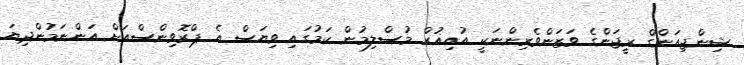
ޝިންޖިއަންގް ރީޖަންގެ ވަޒަންވެރިންނަކީ އުއިޣުރް މުސްލިމުން ކަމުގައި ވިޔަސް އެ ޕްރޮވިންސްއަށް އަންނަމުންދިޔަ